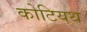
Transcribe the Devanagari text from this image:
कोटियथ